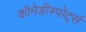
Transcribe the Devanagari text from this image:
कॉमेडीस्पोर्ट्स